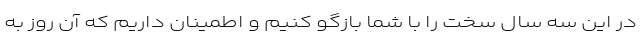
در این سه سال سخت را با شما بازگو کنیم و اطمینان داریم که آن روز به